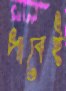
পাবেই